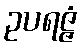
ဥပရဇ္ဇံ